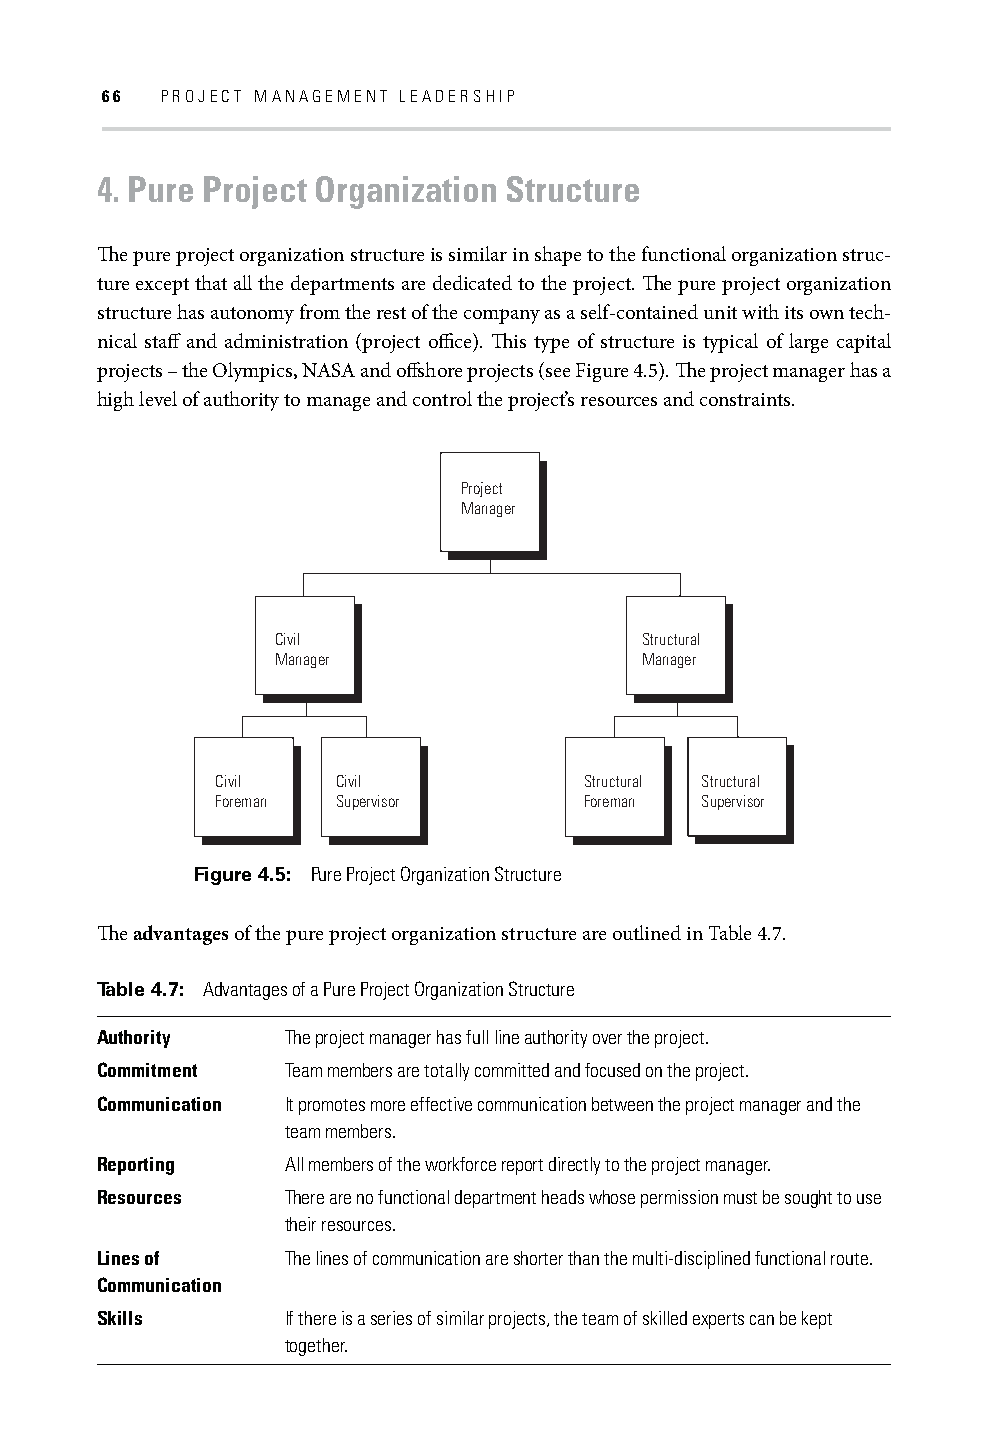
66  PROJECT MANAGEMENT LEADERSHIP
 4. Pure Project Organization Structure
 Th e pure project organization structure is similar in shape to the functional organization struc-
 ture except that all the departments are dedicated to the project. Th e pure project organization
 structure has autonomy from the rest of the company as a self-contained unit with its own tech-
 nical staff and administration (project offi ce). Th is type of structure is typical of large capital
 projects – the Olympics, NASA and off shore projects (see Figure 4.5). Th e project manager has a
 high level of authority to manage and control the project’s resources and constraints.
 Project
 Manager
 Civil                   Structural
 Manager                 Manager
 Civil   Civil            Structural Structural
 Foreman Supervisor       Foreman Supervisor
 Figure 4.5: Pure Project Organization Structure
 Th e advantages of the pure project organization structure are outlined in Table 4.7.
 Table 4.7: Advantages of a Pure Project Organization Structure
 Authority    The project manager has full line authority over the project.
 Commitment   Team members are totally committed and focused on the project.
 Communication It promotes more effective communication between the project manager and the
 team members.
 Reporting    All members of the workforce report directly to the project manager.
 Resources    There are no functional department heads whose permission must be sought to use
 their resources.
 Lines of     The lines of communication are shorter than the multi-disciplined functional route.
 Communication
 Skills       If there is a series of similar projects, the team of skilled experts can be kept
 together.